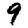
Digit: 9